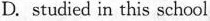
D. studied in this school